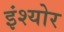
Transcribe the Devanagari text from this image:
इंश्योर